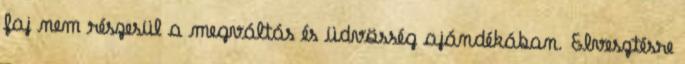
faj nem részesül a megváltás és üdvösség ajándékában. Elvesztésre